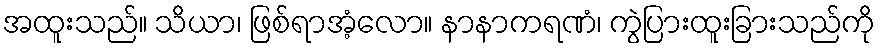
အထူးသည်။ သိယာ၊ ဖြစ်ရာအံ့လော။ နာနာကရဏံ၊ ကွဲပြားထူးခြားသည်ကို